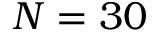
N = 3 0